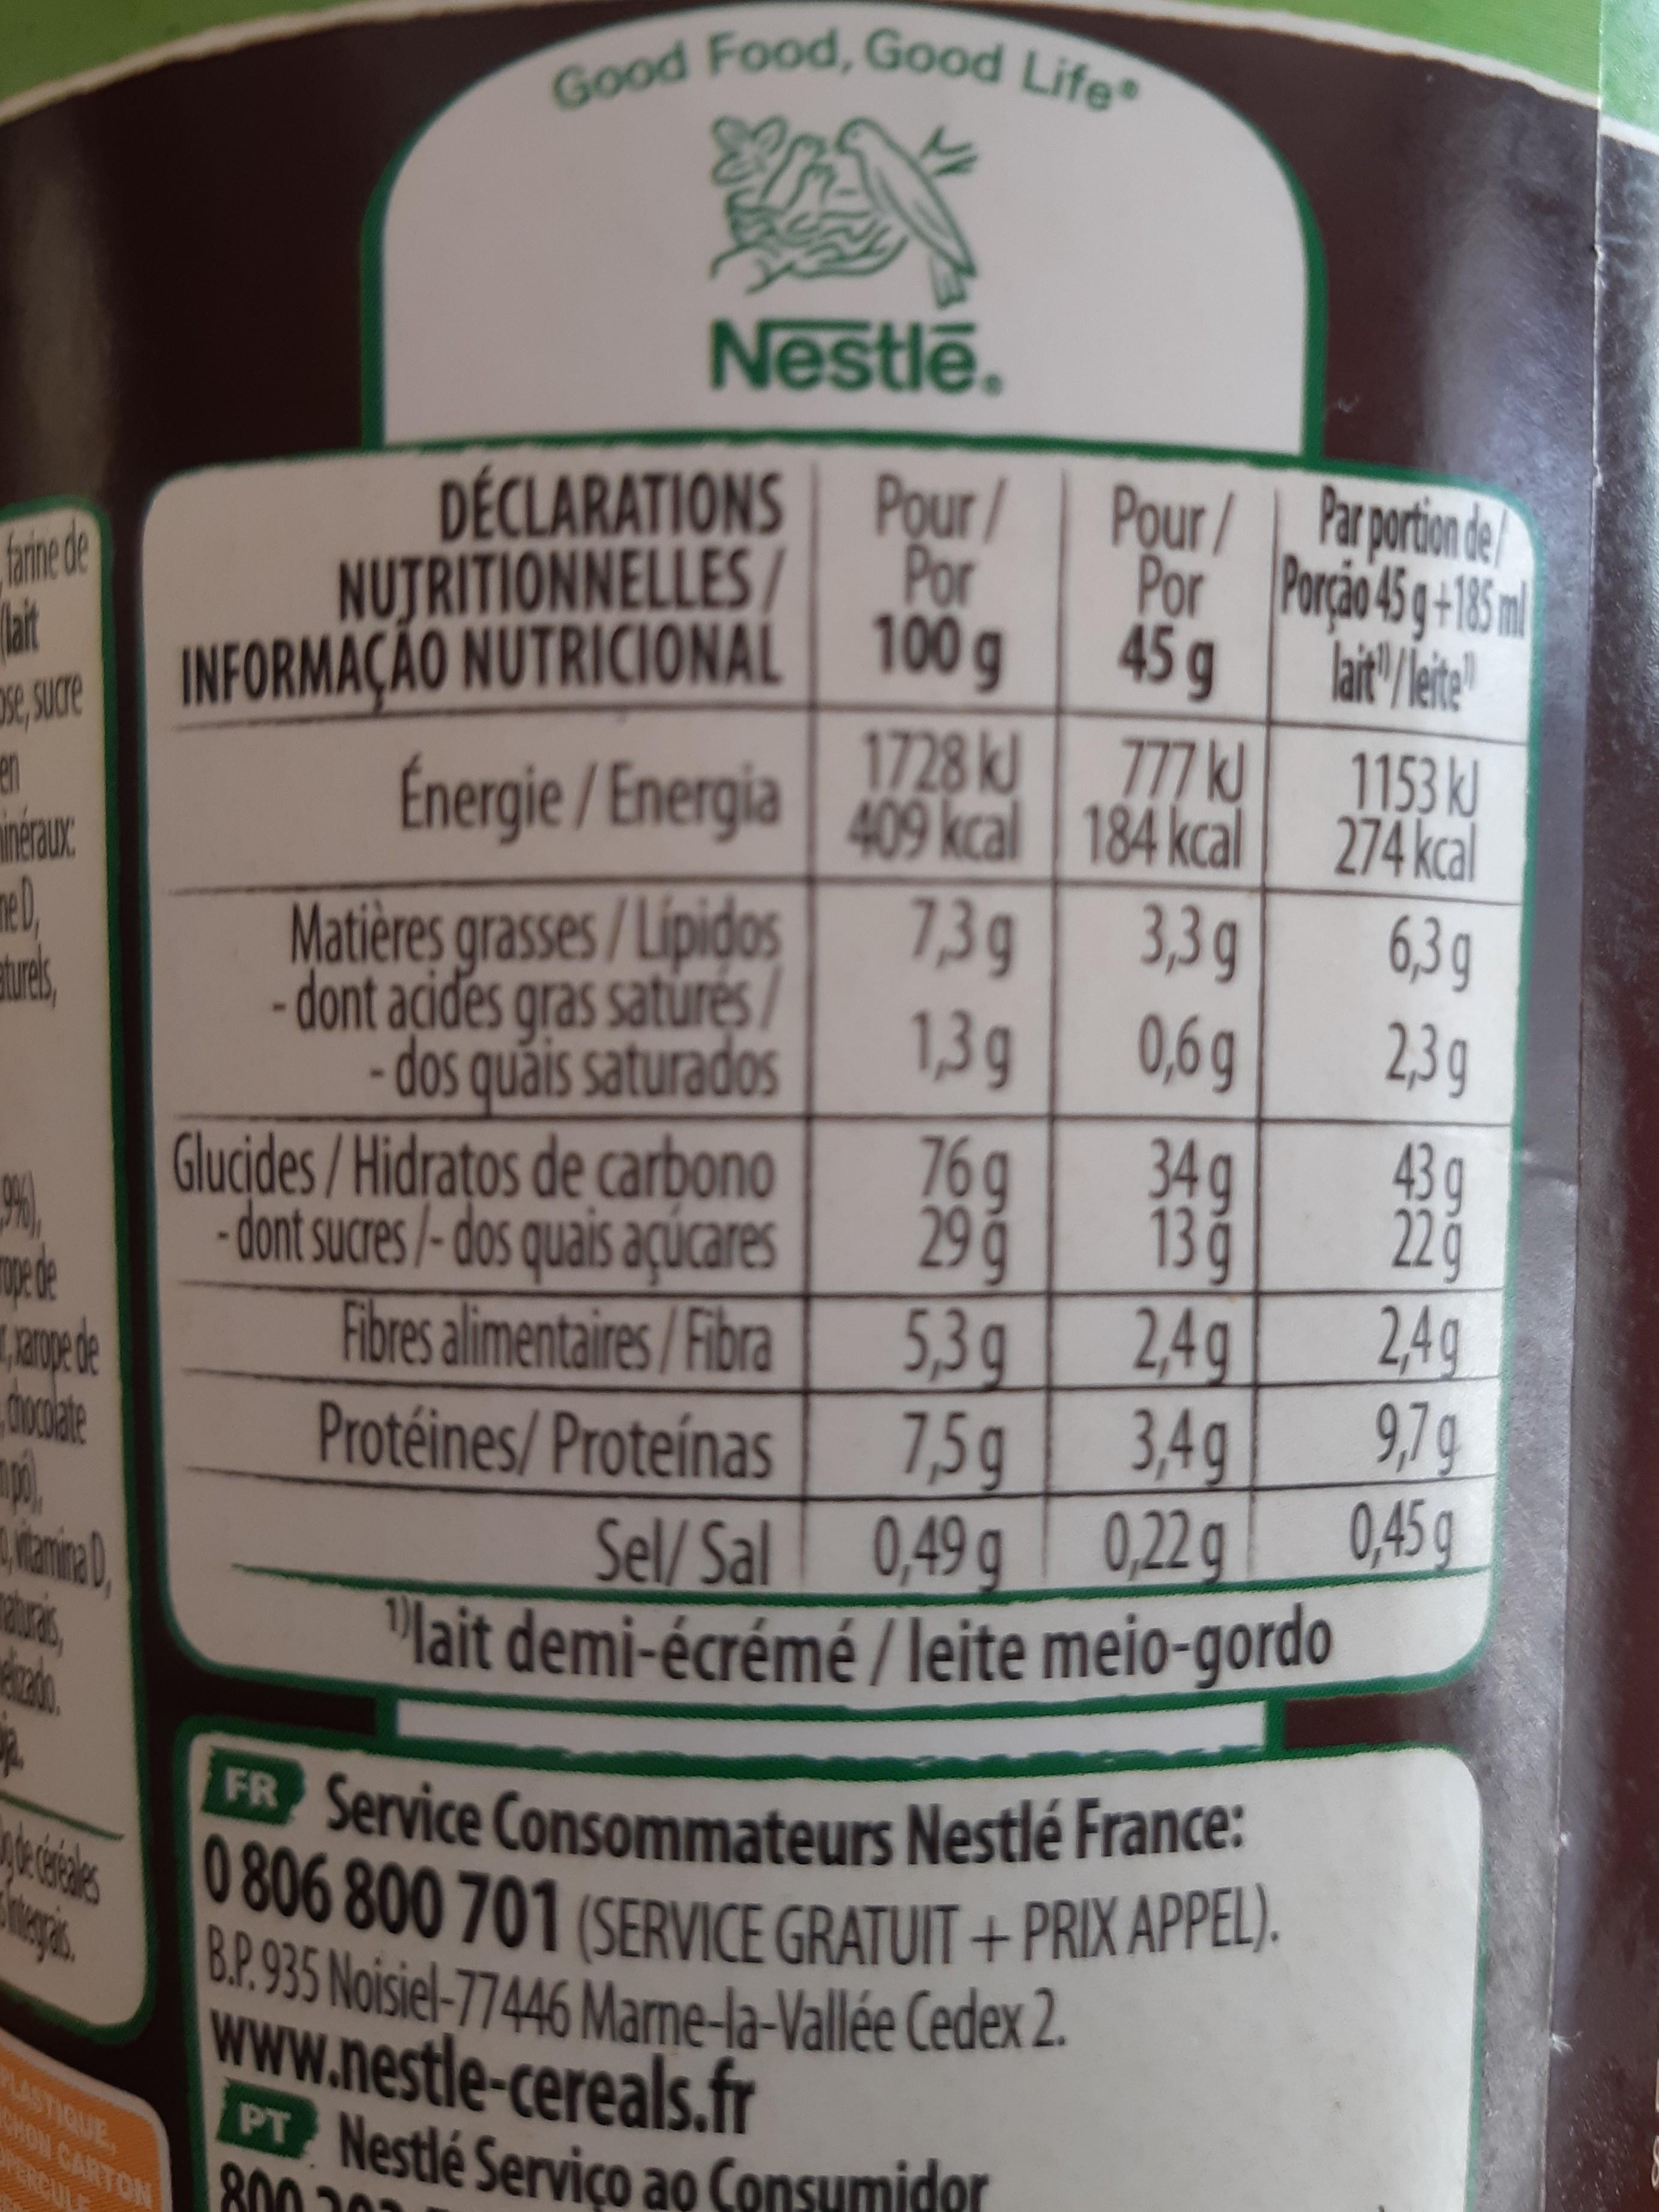
farine de lait
se, sucre
en
néraux
me D,
aturels,
(9%),
mope de
xarope de
chocolate
po
tamina D
raturais,
nepa
Good Food, Good Life
Nestlē.
Pour/
Por
PLASTIQUE SHOW CARTON
PERCULE
DÉCLARATIONS
Pour/ Par portion de Porção 45 g+185 ml
Por
NUTRITIONNELLES/
lait/leite
INFORMAÇÃO NUTRICIONAL 100 g 45 g
Energie/Energia
Matières grasses / Lípidos -dont acides gras saturés/ dos quais saturados
Glucides/Hidratos de carbono -dont sucres/-dos quais açúcares
Fibres alimentaires/Fibra
.
1728 kJ
409 kcal
7,3 g
1,3 g
777 kJ
184 kcal
3,3g
0,6g
333
76q
29 ģ 13ğ
5,3g
2,4g
Protéines/Proteínas 7,5g
3,4g
Sel/Sal 0,49 g
0,22 g
"lait demi-écrémé / leite meio-gordo
34 g
1153 kJ
274 kcal
6,3 g
2,3 g
FR Service Consommateurs Nestlé France: 0 806 800 701 (SERVICE GRATUIT+PRIX APPEL). B.P.935 Noisiel-77446 Marne-la-Vallée Cedex 2. www.nestle-cereals.fr PT Nestlé Serviço ao Consumidor
800
43 g
22ğ
2,4g
9,7 g
0,45 g